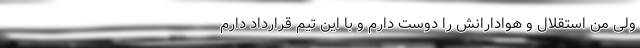
ولی من استقلال و هوادارانش را دوست دارم و با این تیم قرارداد دارم